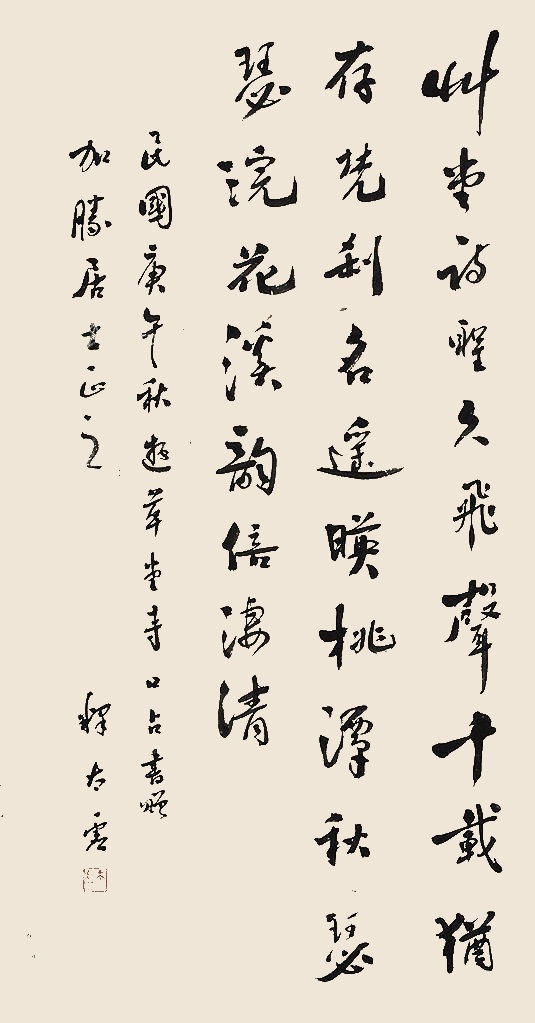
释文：草堂诗圣久飞声，千载尤存梵刹名。遥映桃潭秋瑟瑟，浣花溪韵倍凄清。民国庚午秋游草堂寺口占书曾加胜居士正之，释太虚。